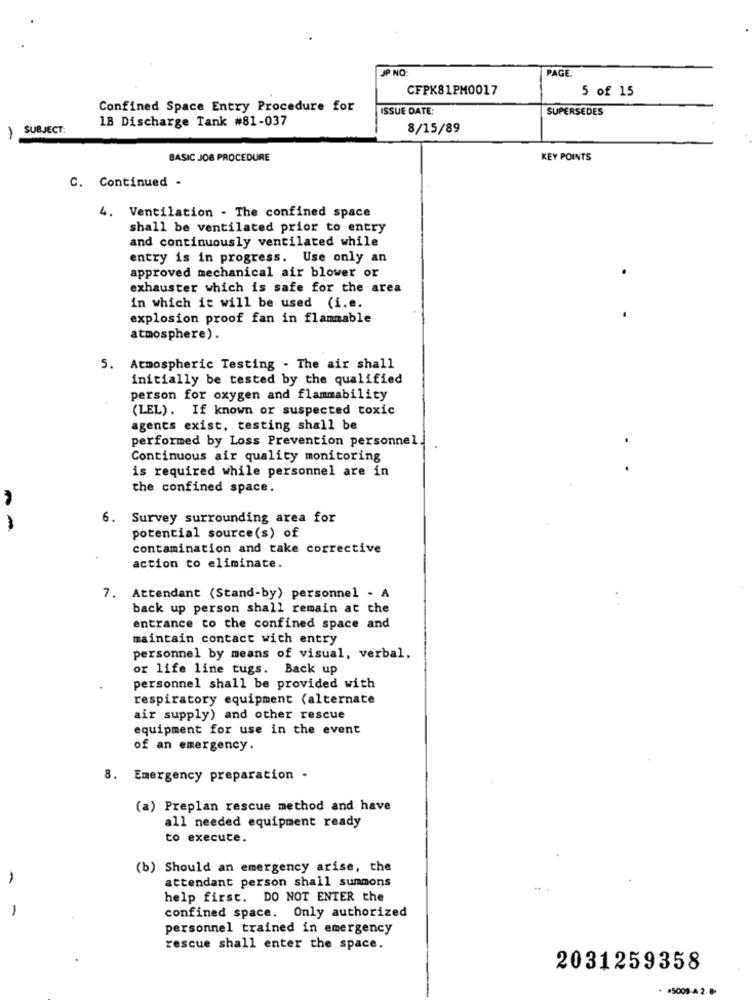
JP NO
PAGE
CFPK81PM0017
5 of 15
Confined Space Entry Procedure for
ISSUE DATE:
SUPERSEDES
18 Discharge Tank #81-037
SUBJECT:
8/15/89
-
BASIC JOB PROCEDURE
KEY POINTS
C. Continued -
4. Ventilation - The confined space
shall be ventilated prior to entry
and continuously ventilated while
entry is in progress. Use only an
approved mechanical air blower or
.
exhauster which is safe for the area
in which it will be used (i.e.
explosion proof fan in flammable
atmosphere).
5. Atmospheric Testing . The air shall
initially be tested by the qualified
person for oxygen and flammability
(LEL). If known or suspected toxic
agents exist, testing shall be
performed by Loss Prevention personnel.
Continuous air quality monitoring
is required while personnel are in
the confined space.
6. Survey surrounding area for
--
potential source (s) of
contamination and take corrective
action to eliminate.
Attendant (Stand-by) personnel - A
back up person shall remain at the
entrance to the confined space and
maintain contact with entry
personnel by means of visual, verbal,
or life line tugs. Back up
personnel shall be provided with
respiratory equipment (alternate
air supply) and other rescue
equipment for use in the event
of an emergency.
8. Emergency preparation .
(a) Preplan rescue method and have
all needed equipment ready
to execute.
(b) Should an emergency arise, the
attendant person shall summons
help first. DO NOT ENTER the
-
confined space. Only authorized
personnel trained in emergency
rescue shall enter the space.
2031259358
. 5009-4 2.8